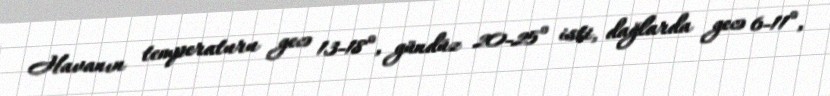
Havanın temperaturu gecə 13-18°, gündüz 20-25° isti, dağlarda gecə 6-11°,